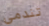
تندمي